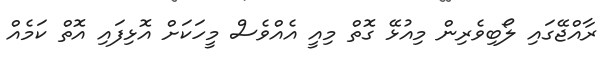
ރާއްޖޭގައި ލޯބިވެރިން މިއުޅޭ ގޮތް މިއީ އެއްވެސް މީހަކަށް އޮޅިފައި އޮތް ކަމެއް